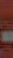
-